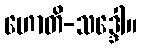
ဟောတိ-သဒ္ဒေါ။